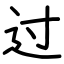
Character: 过